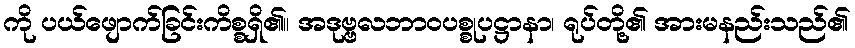
ကို ပယ်ဖျောက်ခြင်းကိစ္စရှိ၏။ အဒုဗ္ဗလဘာဝပစ္စုပဋ္ဌာနာ၊ ရုပ်တို့၏ အားမနည်းသည်၏